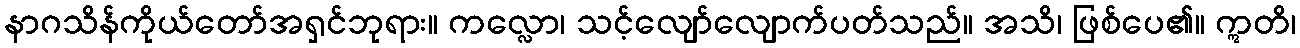
နာဂသိန်ကိုယ်တော်အရှင်ဘုရား။ ကလ္လော၊ သင့်လျော်လျောက်ပတ်သည်။ အသိ၊ ဖြစ်ပေ၏။ ဣတိ၊